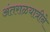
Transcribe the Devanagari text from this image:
अंतराळयात्रीने